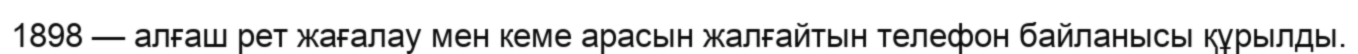
1898 — алғаш рет жағалау мен кеме арасын жалғайтын телефон байланысы құрылды.